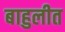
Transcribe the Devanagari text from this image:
बाहुलीत